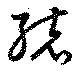
統